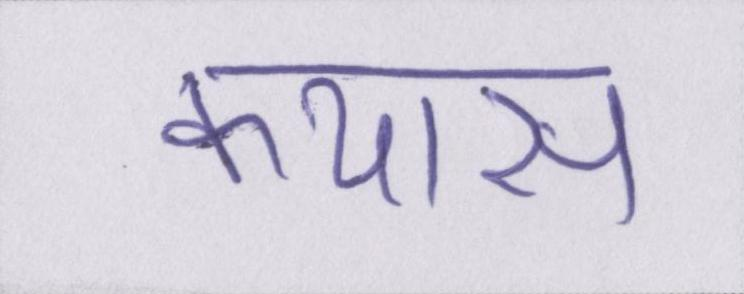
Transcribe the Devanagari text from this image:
कयास